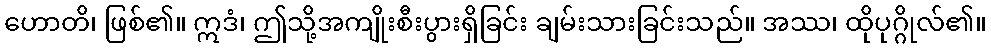
ဟောတိ၊ ဖြစ်၏။ ဣဒံ၊ ဤသို့အကျိုးစီးပွားရှိခြင်း ချမ်းသားခြင်းသည်။ အဿ၊ ထိုပုဂ္ဂိုလ်၏။